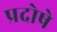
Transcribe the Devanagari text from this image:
प्रदोषे